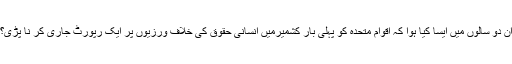
ان دو سالوں میں ایسا کیا ہوا کہ اقوام ِمتحدہ کو پہلی بار کشمیرمیں انسانی حقوق کی خلاف ورزیوں پر ایک رپورٹ جاری کر نا پڑی؟